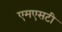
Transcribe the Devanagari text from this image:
एमएसटी